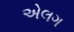
એલગ